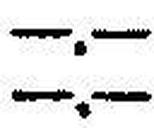
—.—